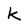
Character: k